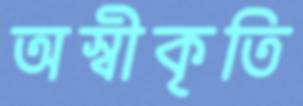
অস্বীকৃতি